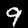
Digit: 9